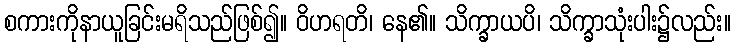
စကားကိုနာယူခြင်းမရိသည်ဖြစ်၍။ ဝိဟရတိ၊ နေ၏။ သိက္ခာယပိ၊ သိက္ခာသုံးပါး၌လည်း။